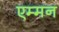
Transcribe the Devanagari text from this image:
एम्मन